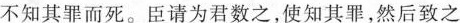
不知其罪而死。臣请为君数之，使知其罪，然后致之